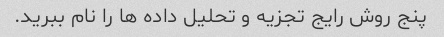
پنج روش رایج تجزیه و تحلیل داده ها را نام ببرید.